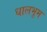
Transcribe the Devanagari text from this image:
धालभूम